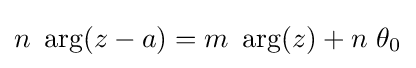
n\ \arg(z-a)=m\ \arg(z)+n\ \theta _{0}